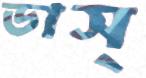
ডাস্